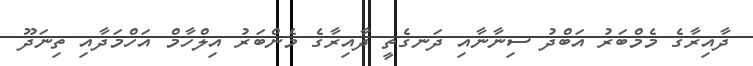
ދާއިރާގެ މެމްބަރު އަބްދު ސިނާނާއި ދަނގެތީ ދާއިރާގެ މެންބަރު އިލްހާމް އަހްމަދާއި ތިނަދޫ